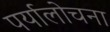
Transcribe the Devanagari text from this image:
पर्यालोचना